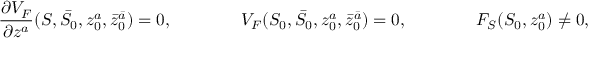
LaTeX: \frac { \partial V _ { F } } { \partial z ^ { a } } ( S , \bar { S } _ { 0 } , z _ { 0 } ^ { a } , \bar { z } _ { 0 } ^ { \bar { a } } ) = 0 , \qquad \qquad V _ { F } ( S _ { 0 } , \bar { S } _ { 0 } , z _ { 0 } ^ { a } , \bar { z } _ { 0 } ^ { \bar { a } } ) = 0 , \qquad \qquad F _ { S } ( S _ { 0 } , z _ { 0 } ^ { a } ) \ne 0 ,